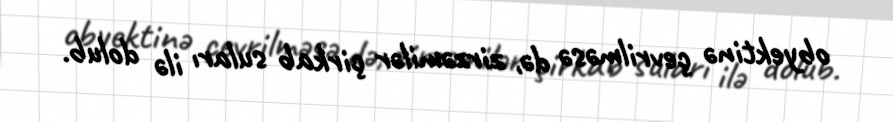
obyektinə çevrilməsə də, zirzəmilər çirkab suları ilə dolub.